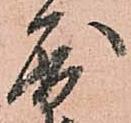
屈